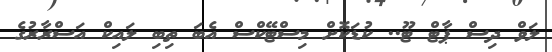
ލަވް ދިސް ޕާޓް ޓޫ.. ކުޑަކޮށް މިސްޓޭކްސް އެބަ ތިބި ލައިކް އަސްރާރުގެ